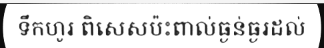
ទឹកហូរ ពិសេសប៉ះពាល់ធ្ងន់ធ្ងរដល់